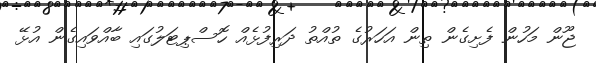
ޖޫން މަހުން ފެށިގެން ތިން އަހަރުގެ ތުއްތު ދަރިފުޅެއް ހޮސްޕިޓަލުގައި ބާއްވައިގެން އުޅޭ